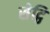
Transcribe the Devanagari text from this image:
सेट्ठि